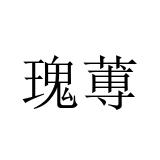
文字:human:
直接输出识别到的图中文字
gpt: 瑰蒪